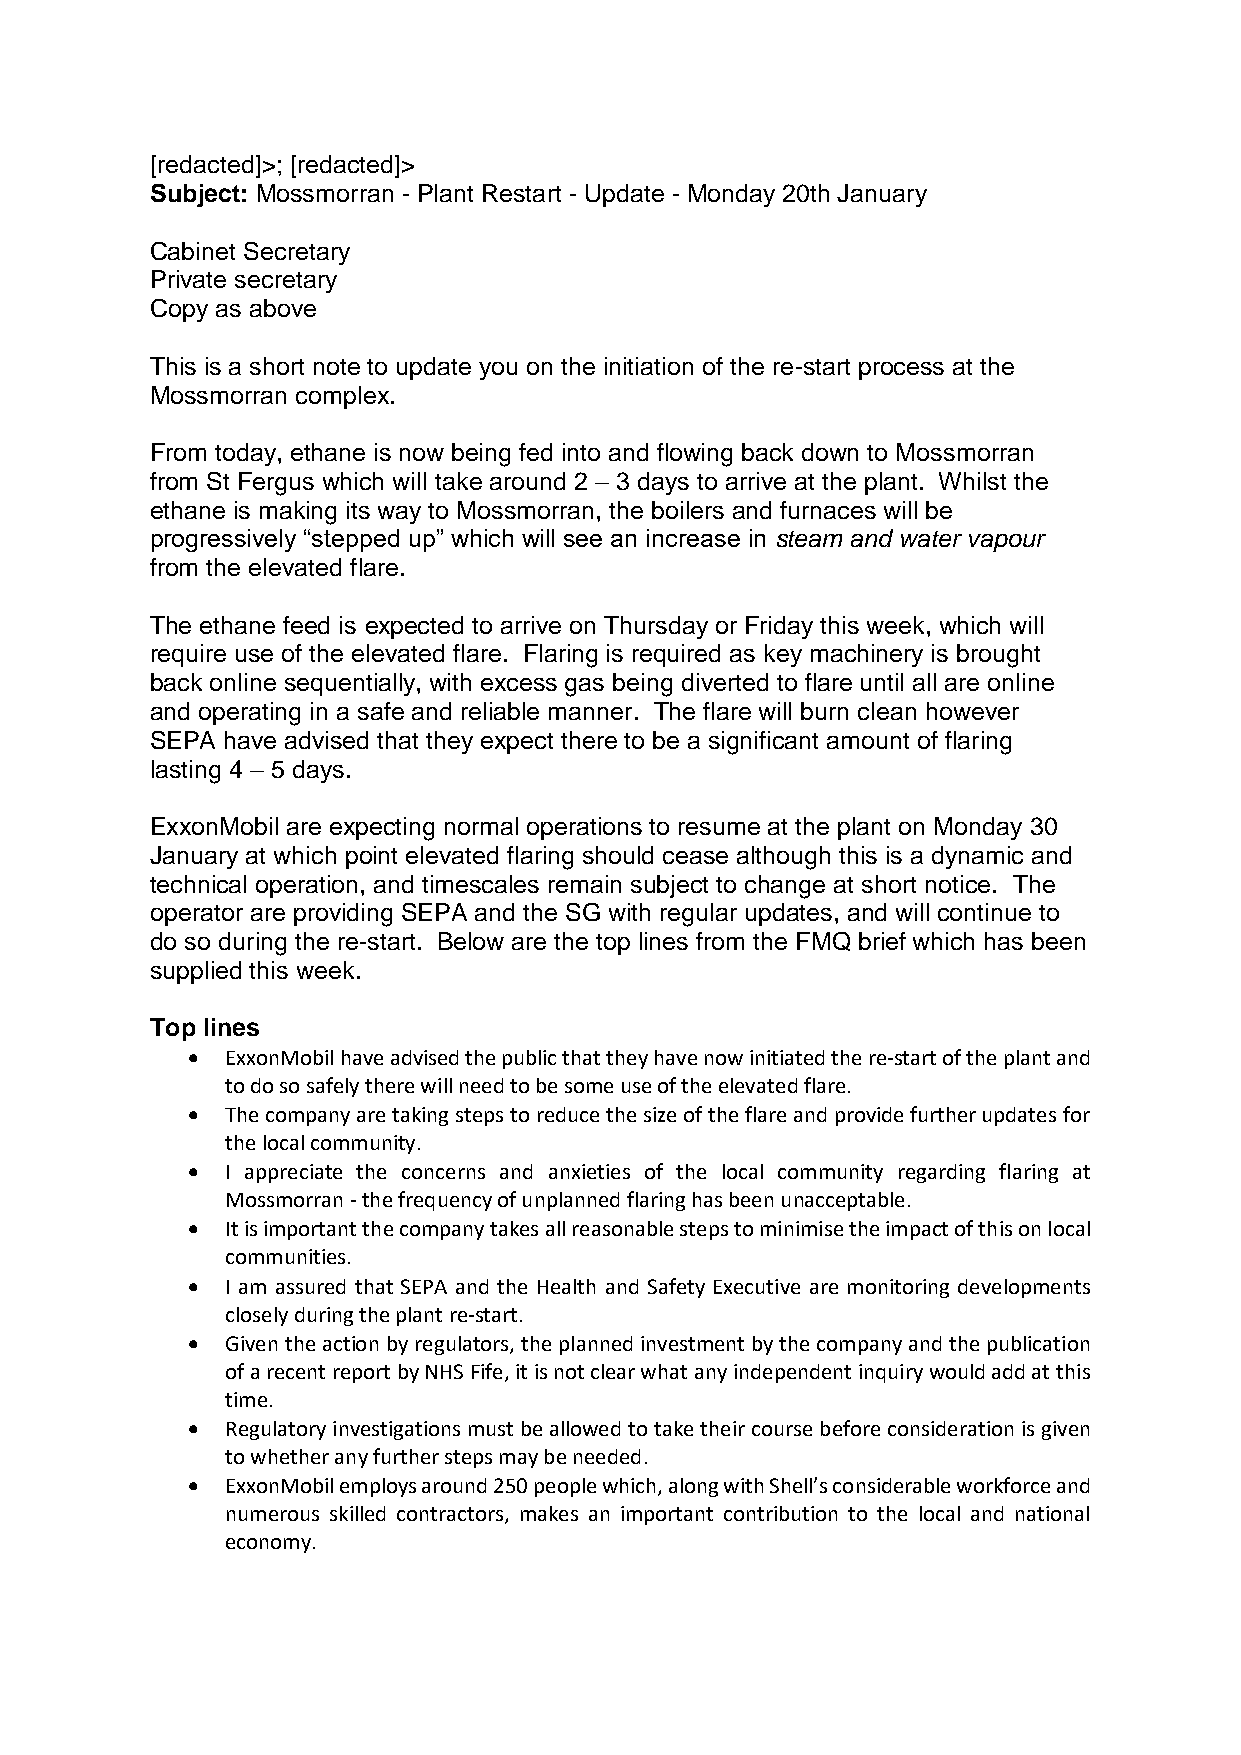
[redacted]>; [redacted]>
 Subject: Mossmorran - Plant Restart - Update - Monday 20th January
 Cabinet Secretary
 Private secretary
 Copy as above
 This is a short note to update you on the initiation of the re-start process at the
 Mossmorran complex.
 From today, ethane is now being fed into and flowing back down to Mossmorran
 from St Fergus which will take around 2 – 3 days to arrive at the plant. Whilst the
 ethane is making its way to Mossmorran, the boilers and furnaces will be
 progressively “stepped up” which will see an increase in steam and water vapour
 from the elevated flare.
 The ethane feed is expected to arrive on Thursday or Friday this week, which will
 require use of the elevated flare. Flaring is required as key machinery is brought
 back online sequentially, with excess gas being diverted to flare until all are online
 and operating in a safe and reliable manner. The flare will burn clean however
 SEPA have advised that they expect there to be a significant amount of flaring
 lasting 4 – 5 days.
 ExxonMobil are expecting normal operations to resume at the plant on Monday 30
 January at which point elevated flaring should cease although this is a dynamic and
 technical operation, and timescales remain subject to change at short notice. The
 operator are providing SEPA and the SG with regular updates, and will continue to
 do so during the re-start. Below are the top lines from the FMQ brief which has been
 supplied this week.
 Top lines
   ExxonMobil have advised the public that they have now initiated the re-start of the plant and
 to do so safely there will need to be some use of the elevated flare.
   The company are taking steps to reduce the size of the flare and provide further updates for
 the local community.
   I appreciate the concerns and anxieties of the local community regarding flaring at
 Mossmorran - the frequency of unplanned flaring has been unacceptable.
   It is important the company takes all reasonable steps to minimise the impact of this on local
 communities.
   I am assured that SEPA and the Health and Safety Executive are monitoring developments
 closely during the plant re-start.
   Given the action by regulators, the planned investment by the company and the publication
 of a recent report by NHS Fife, it is not clear what any independent inquiry would add at this
 time.
   Regulatory investigations must be allowed to take their course before consideration is given
 to whether any further steps may be needed.
   ExxonMobil employs around 250 people which, along with Shell’s considerable workforce and
 numerous skilled contractors, makes an important contribution to the local and national
 economy.